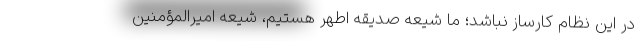
در این نظام کارساز نباشد؛ ما شیعه صدیقه اطهر هستیم، شیعه امیرالمؤمنین